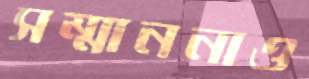
সম্মাননাও